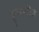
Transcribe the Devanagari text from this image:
डुफ्फेरिण